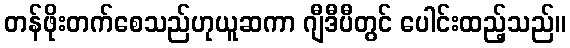
တန်ဖိုးတက်စေသည်ဟုယူဆကာ ဂျီဒီပီတွင် ပေါင်းထည့်သည်။